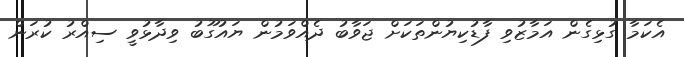
އެކަމާ ގުޅިގެން އަމާޒުވި ފާޑުކިޔުންތަކަށް ޖަވާބު ދެއްވަމުން ޔައުގޫބު ވިދާޅުވީ ސިއްރު ކުރަން